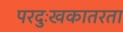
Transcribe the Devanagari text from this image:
परदुःखकातरता